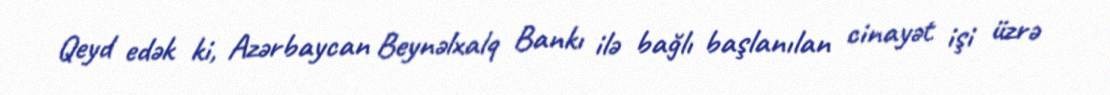
Qeyd edək ki, Azərbaycan Beynəlxalq Bankı ilə bağlı başlanılan cinayət işi üzrə